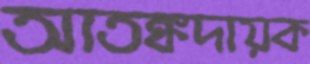
আতঙ্কদায়ক